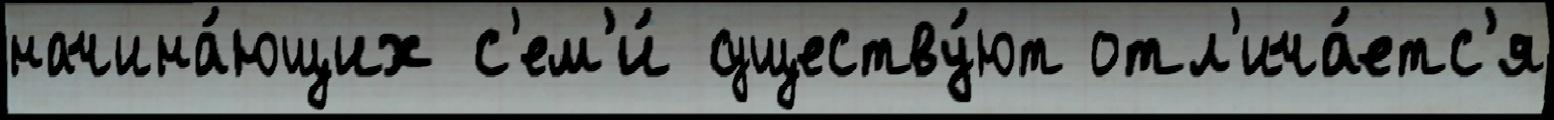
начина́ющих с'ем'и́ существу́ют отл'ича́етс'я